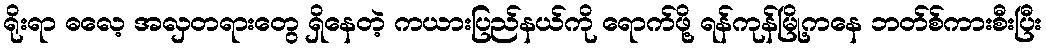
ရိုးရာ ဓလေ့ အလှတရားတွေ ရှိနေတဲ့ ကယားပြည်နယ်ကို ရောက်ဖို့ ရန်ကုန်မြို့ကနေ ဘတ်စ်ကားစီးပြီး